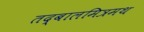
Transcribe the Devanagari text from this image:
तद्बालमित्रमथ